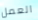
العمل